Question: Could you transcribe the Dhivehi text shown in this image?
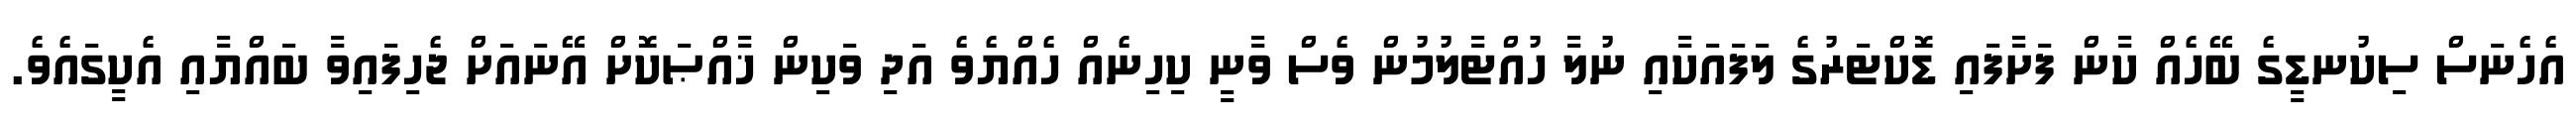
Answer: އެހެނަސް ސިކުނޑީގެ ބޭހެއް ކާން ފަށާފައި ޑޮކްޓަރުގެ ލަފައަކާއި ނުލާ ހުއްޓާލުމުން ވެސް ވާނީ ކިހިނެއް ހެއްޔެވެ އަދި ވަކިން ޚާއްޞަކޮށް އޭނައަށް ޖެހިފައިވާ ބައްޔާއި އެކީގައެވެ.